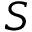
S